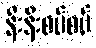
နီးနီးစပ်စပ်